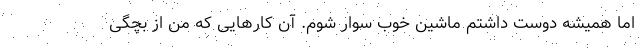
اما همیشه دوست داشتم ماشین خوب سوار شوم. آن کارهایی که من از بچگی